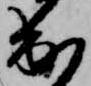
出